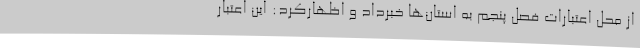
از محل اعتبارات فصل پنجم به استان‌ها خبرداد و اظهارکرد: این اعتبار